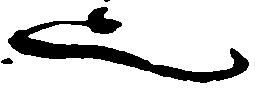
也